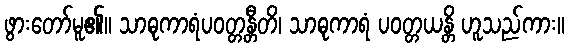
ဖွားတော်မူ၏။ သာဓုကာရံပဝတ္တန္တီတိ၊ သာဓုကာရံ ပဝတ္တယန္တိ ဟူသည်ကား။